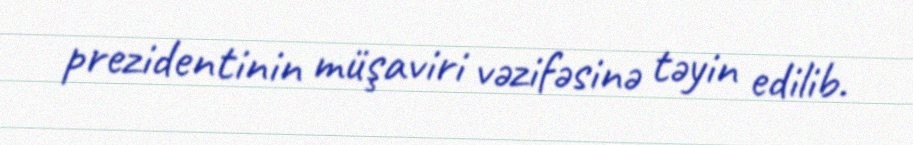
prezidentinin müşaviri vəzifəsinə təyin edilib.